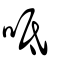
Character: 呧